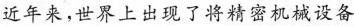
近年来，世界上出现了将精密机械设备